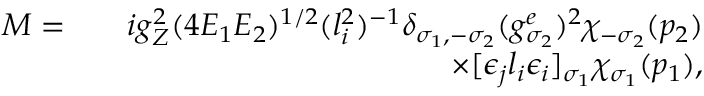
\begin{array} { r l r } { { \cal M } = } & { } & { i g _ { Z } ^ { 2 } ( 4 E _ { 1 } E _ { 2 } ) ^ { 1 / 2 } ( l _ { i } ^ { 2 } ) ^ { - 1 } \delta _ { \sigma _ { 1 } , - \sigma _ { 2 } } ( g _ { \sigma _ { 2 } } ^ { e } ) ^ { 2 } \chi _ { - \sigma _ { 2 } } ( p _ { 2 } ) } \\ & { } & { \times [ \epsilon _ { j } l _ { i } \epsilon _ { i } ] _ { \sigma _ { 1 } } \chi _ { \sigma _ { 1 } } ( p _ { 1 } ) , } \end{array}